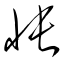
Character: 悵